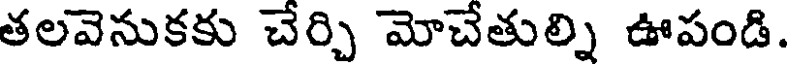
తలవెనుకకు చేర్చి మోచేతుల్ని ఊపండి.